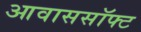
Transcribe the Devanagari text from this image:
आवाससॉफ्ट